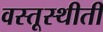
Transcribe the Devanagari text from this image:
वस्तूस्थीती